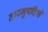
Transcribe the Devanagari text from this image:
तारमुपदिशं